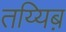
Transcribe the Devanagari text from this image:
तय्यिब़